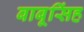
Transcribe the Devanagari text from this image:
बाबूसिंह